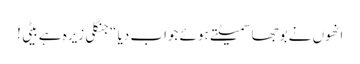
انھوں نے بوجھا سمیٹتے ہوئے جواب دیا “جنگلی زیرہ ہے بیٹی !